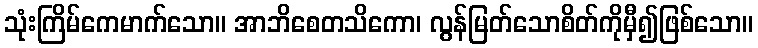
သုံးကြိမ်ကေမာက်သော။ အာဘိစေတသိကော၊ လွန်မြတ်သောစိတ်ကိုမှီ၍ဖြစ်သော။